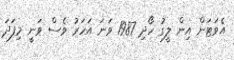
އެވަޓަން އިން ލީގު ހޯދި 1987 ވަނަ އަހަރު ވެސް ވަނީ މިފަދަ